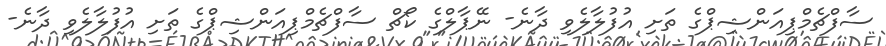
ސާފްޗެމްޕިއަންޝިޕްގެ ތަށި އުފުލާލެވި ދާނެ- ނޭޕާލްގެ ކޯޗް ސާފްޗެމްޕިއަންޝިޕްގެ ތަށި އުފުލާލެވި ދާނެ-